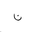
Letter: _non